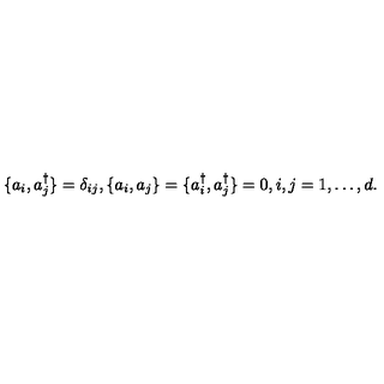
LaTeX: \{ a _ { i } , a _ { j } ^ { \dagger } \} = \delta _ { i j } , \{ a _ { i } , a _ { j } \} = \{ a _ { i } ^ { \dagger } , a _ { j } ^ { \dagger } \} = 0 , i , j = 1 , \ldots , d .